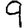
Digit: 9